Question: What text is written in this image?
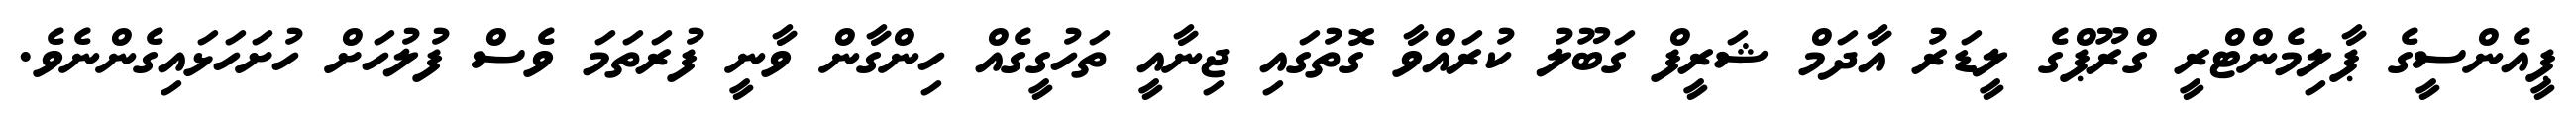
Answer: ޕީއެންސީގެ ޕާލިމެންޓްރީ ގްރޫޕްގެ ލީޑަރު އާދަމް ޝަރީފް ގަބޫލު ކުރައްވާ ގޮތުގައި ޖިނާއީ ތަހުގީގެއް ހިންގާން ވާނީ ފުރަތަމަ ވެސް ފުލުހަށް ހުށަހަޅައިގެންނެވެ.